Report on vaccination in Madras 1922-1929 - 1922-1929
Year: 1922
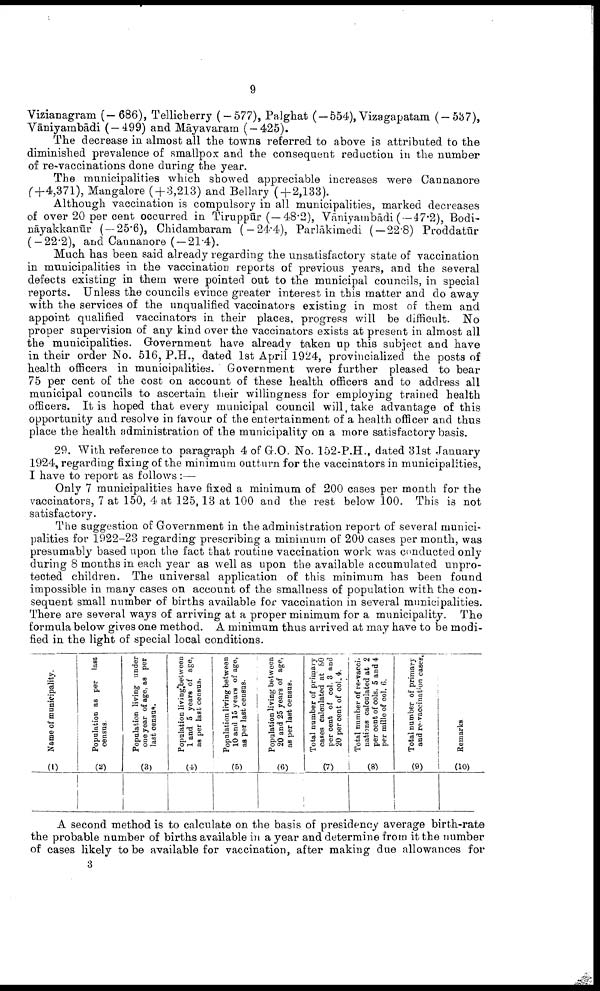
9
Vizianagram (—686), Tellicherry (—577), Palghat ( —554), Vizagapatam (-537),
Vāniyambādi (—499) and Māyavaram (—425).
The decrease in almost all the towns referred to above is attributed to the
diminished prevalence of smallpox and the consequent reduction in the number
of re-vaccinations done during the year.
The municipalities which showed appreciable increases were Cannanore
(+4,371), Mangalore (+3,213) and Bellary ( + 2,133).
Although vaccination is compulsory in all municipalities, marked decreases
of over 20 per cent occurred in Tiruppūr (—48.2), Vāniyambādi ( — 47.2), Bodi-
nāyakkanūr ( — 25.6), Chidambaram (-24.4), Parlākimedi (—22.8) Proddatūr
(—22.2), and Cannanore (—21.4).
Much has been said already regarding the unsatisfactory state of vaccination
in municipalities in the vaccination reports of previous years, and the several
defects existing in them were pointed out to the municipal councils, in special
reports. Unless the councils evince greater interest in this matter and do away
with the services of the unqualified vaccinators existing in most of them and
appoint qualified vaccinators in their places, progress will be difficult. No
proper supervision of any kind over the vaccinators exists at present in almost all
the municipalities. Government have already taken up this subject and have
in their order No. 516, P.H., dated 1st April 1924, provincialized the posts of
health officers in municipalities. Government were further pleased to bear
75 per cent of the cost on account of these health officers and to address all
municipal councils to ascertain their willingness for employing trained health
officers. It is hoped that every municipal council will, take advantage of this
opportunity and resolve in favour of the entertainment of a health officer and thus
place the health administration of the municipality on a more satisfactory basis.
29. With reference to paragraph 4 of G.O. No. 152-P.H., dated 31st January
1924, regarding fixing of the minimum outturn for the vaccinators in municipalities,
I have to report as follows:—
Only 7 municipalities have fixed a minimum of 200 cases per month for the
vaccinators, 7 at 150, 4 at 125,13 at 100 and the rest below 100. This is not
satisfactory.
The suggestion of Government in the administration report of several munici
palities for 1922-23 regarding prescribing a minimum of 200 cases per month, was
presumably based upon the fact that routine vaccination work was conducted only
during 8 months in each year as well as upon the available accumulated unpro
tected children. The universal application of this minimum has been found
impossible in many cases on account of the smallness of population with the con
sequent small number of births available for vaccination in several municipalities.
There are several ways of arriving at a proper minimum for a municipality. The
formula below gives one method. A minimum thus arrived at may have to be modi
fied in the light of special local conditions.
Name of municipality.
(1)
Population as per last
census.
(2)
Population living under
one year of age, as per
last census.
(3)
Population living between
1 and 5 years of age,
as per last census.
(4)
Population living between
10 and 15 years of age,
as per last census.
(5)
Population living between
20 and 25 years of age,
as per last census.
(6)
Total number of primary
cases calculated at 80
per cent of col. 3 and
20 per cent of col. 4.
(7)
Total number of re-vacci
nations calculated at 2
per cent of cols. 5 and 4
per mille of col. 6.
(8)
Total number of primary
and re-vaccination cases.
(9)
Remarks.
(10)
A second method is to calculate on the basis of presidency average birth-rate
the probable number of births available in a year and determine from it the number
of cases likely to be available for vaccination, after making due allowances for
3